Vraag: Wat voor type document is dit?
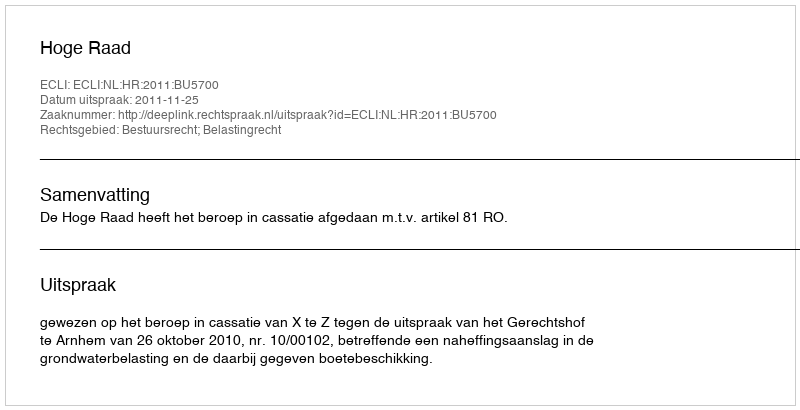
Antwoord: Uitspraak